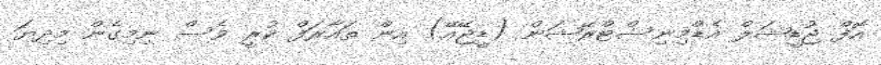
އޮފް ޖުޑީޝަލް އެޑްމިނިސްޓްރޭޝަން (ޑީޖޭއޭ) އިން ތައާރަފް ކުރީ ވެސް ނިމިގެން މިދިޔަ